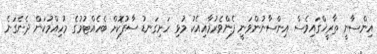
އިންސާނީ ތާރީޚްގައިވެސް އިންސާނުންވަނީ ފެންވެރުމާއިއެކު މުޅި ހަށިގަނޑު ސާފުކޮށް ބެހެއްޓުމުގެ މުހިއްމުކަން ދެނެގަނެ